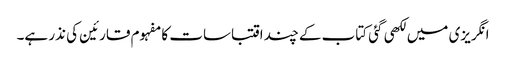
انگریزی میں لکھی گئی کتاب کے چند اقتباسات کا مفہوم قارئین کی نذر ہے۔